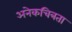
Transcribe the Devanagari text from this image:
अनेकचित्रता